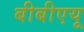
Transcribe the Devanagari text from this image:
बीबीएयू